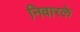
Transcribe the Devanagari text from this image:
निवारले